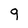
Character: g